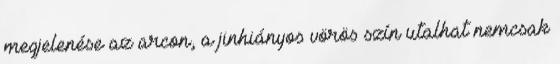
megjelenése az arcon, a jinhiányos vörös szín utalhat nemcsak